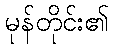
မုန်တိုင်း၏